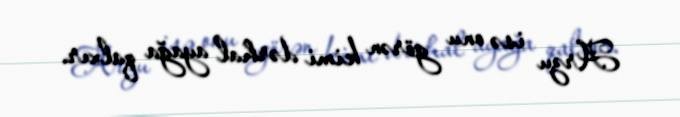
Arzu isə onu görən kimi dərhal ayağa qalxır.